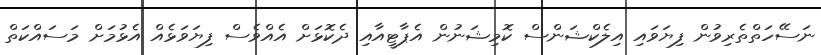
ނަސޭހަތްތެރިވުން ފިޔަވައި އިލެކްޝަންސް ކޮމިޝަނުން އެޕާޓީއާއި ދެކޮޅަށް އެއްވެސް ފިޔަވަޅެއް އެޅުމަށް މަސައްކަތް